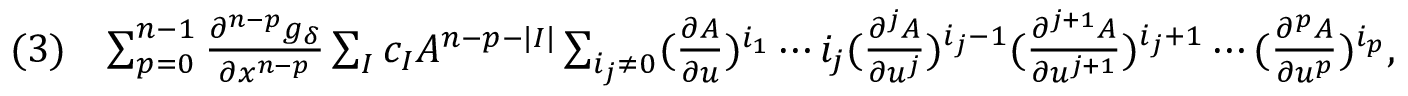
\begin{array} { r l r } & { ( 3 ) } & { \sum _ { p = 0 } ^ { n - 1 } \frac { \partial ^ { n - p } g _ { \delta } } { \partial x ^ { n - p } } \sum _ { I } c _ { I } A ^ { n - p - | I | } \sum _ { i _ { j } \neq 0 } ( \frac { \partial A } { \partial u } ) ^ { i _ { 1 } } \cdots i _ { j } ( \frac { \partial ^ { j } A } { \partial u ^ { j } } ) ^ { i _ { j } - 1 } ( \frac { \partial ^ { j + 1 } A } { \partial u ^ { j + 1 } } ) ^ { i _ { j } + 1 } \cdots ( \frac { \partial ^ { p } A } { \partial u ^ { p } } ) ^ { i _ { p } } , } \end{array}